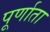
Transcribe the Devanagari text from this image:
पूर्णाता